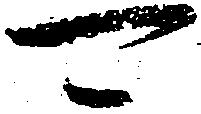
可